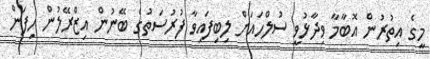
މީގެ އިތުރުން އޮބާމާ ވިދާޅުވީ ސުލްހައަށް ލިބިފައިވާ ފުރުސަތުގެ ބޭނުން އިޒްރޭލުން ހިފަން